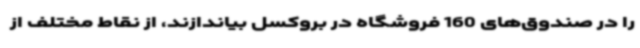
را در صندوق‌های 160 فروشگاه در بروکسل بیاندازند، از نقاط مختلف از